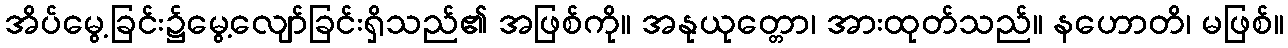
အိပ်မွေ့ခြင်း၌မွေ့လျော်ခြင်းရှိသည်၏ အဖြစ်ကို။ အနုယုတ္တော၊ အားထုတ်သည်။ နဟောတိ၊ မဖြစ်။